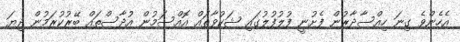
އެހެންވެ ގިނަ ހިއްސާދާރުން ފެށުނީ ފުލުފުލުގައި ޝަކުވާތައް އޮއްސަމުން އުދާސްތައް ބޭރުކުރަމުން ދިޔަ